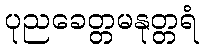
ပုညခေတ္တမနုတ္တရံ